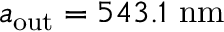
a _ { \mathrm { o u t } } = 5 4 3 . 1 \ \mathrm { n m }